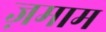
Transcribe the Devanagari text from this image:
ज़माम